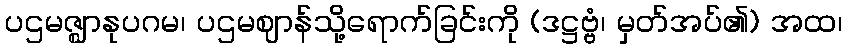
ပဌမဇ္ဈာနုပဂမ၊ ပဌမဈာန်သို့ရောက်ခြင်းကို (ဒဋ္ဌဗ္ဗံ၊ မှတ်အပ်၏) အထ၊